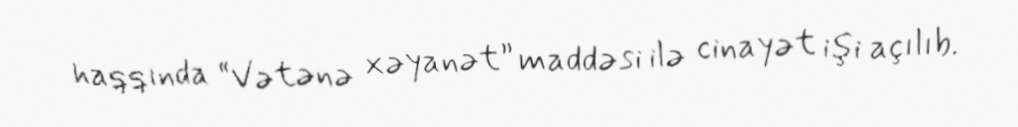
haqqında “Vətənə xəyanət” maddəsi ilə cinayət işi açılıb.